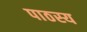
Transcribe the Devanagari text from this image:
पाठस्य